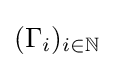
(\Gamma _{i})_{i\in \mathbb {N} }